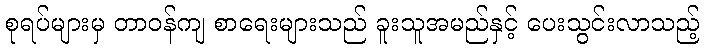
စုရပ်များမှ တာဝန်ကျ စာရေးများသည် ခူးသူအမည်နှင့် ပေးသွင်းလာသည့်